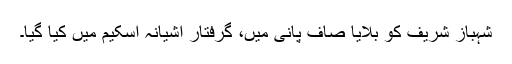
شہباز شریف کو بلایا صاف پانی میں، گرفتار آشیانہ اسکیم میں کیا گیا۔